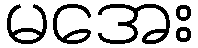
မအေး